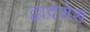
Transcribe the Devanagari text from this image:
द्वादशेश